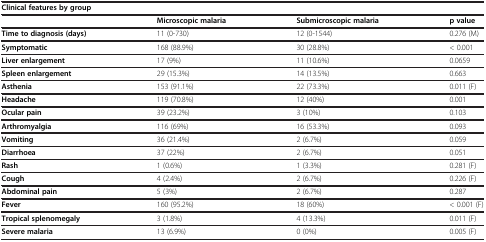
| Clinical features by group |  |  |  |
 |  | Microscopic malaria | Submicroscopic malaria | p value |
 | --- | --- | --- | --- |
 | Time to diagnosis (days) | 11 (0-730) | 12 (0-1544) | 0.276 (M) |
 | Symptomatic | 168 (88.9%) | 30 (28.8%) | < 0.001 |
 | Liver enlargement | 17 (9%) | 11 (10.6%) | 0.0659 |
 | Spleen enlargement | 29 (15.3%) | 14 (13.5%) | 0.663 |
 | Asthenia | 153 (91.1%) | 22 (73.3%) | 0.011 (F) |
 | Headache | 119 (70.8%) | 12 (40%) | 0.001 |
 | Ocular pain | 39 (23.2%) | 3 (10%) | 0.103 |
 | Arthromyalgia | 116 (69%) | 16 (53.3%) | 0.093 |
 | Vomiting | 36 (21.4%) | 2 (6.7%) | 0.059 |
 | Diarrhoea | 37 (22%) | 2 (6.7%) | 0.051 |
 | Rash | 1 (0.6%) | 1 (3.3%) | 0.281 (F) |
 | Cough | 4 (2.4%) | 2 (6.7%) | 0.226 (F) |
 | Abdominal pain | 5 (3%) | 2 (6.7%) | 0.287 |
 | Fever | 160 (95.2%) | 18 (60%) | < 0.001 (F) |
 | Tropical splenomegaly | 3 (1.8%) | 4 (13.3%) | 0.011 (F) |
 | Severe malaria | 13 (6.9%) | 0 (0%) | 0.005 (F) |